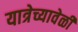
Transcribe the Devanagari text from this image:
यात्रेच्यावेळी